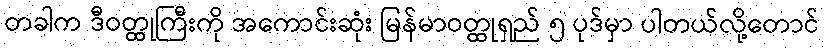
တခါက ဒီဝတ္ထုကြီးကို အကောင်းဆုံး မြန်မာဝတ္ထုရှည် ၅ ပုဒ်မှာ ပါတယ်လို့တောင်